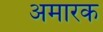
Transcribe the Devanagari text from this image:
अमारक